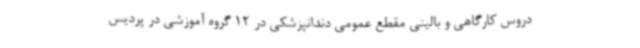
دروس کارگاهی و بالینی مقطع عمومی دندانپزشکی در 12 گروه آموزشی در پردیس